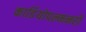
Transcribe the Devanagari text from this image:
कार्डियोपल्मनरी